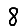
Digit: 8